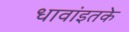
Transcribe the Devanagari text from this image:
धावांइतके